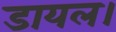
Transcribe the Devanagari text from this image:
डायल।